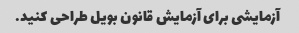
آزمایشی برای آزمایش قانون بویل طراحی کنید.